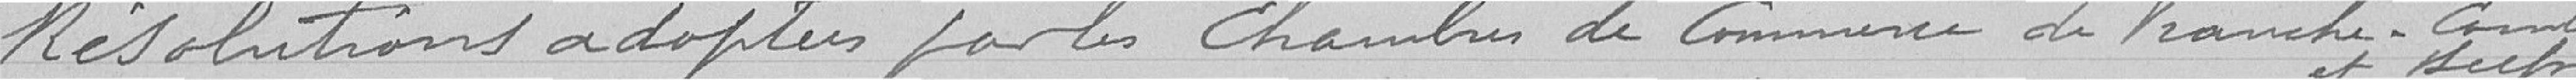
Résolutions adoptées par les chambres de commerce de Franche-Comté et Belfort